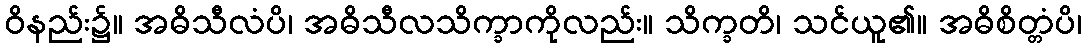
ဝိနည်း၌။ အဓိသီလံပိ၊ အဓိသီလသိက္ခာကိုလည်း။ သိက္ခတိ၊ သင်ယူ၏။ အဓိစိတ္တံပိ၊